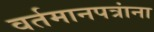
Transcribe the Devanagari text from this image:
वर्तमानपत्रांना